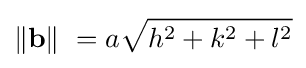
\|\mathbf {b} \|\ =a{\sqrt {h^{2}+k^{2}+l^{2}}}